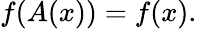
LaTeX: f(A(x))=f(x).